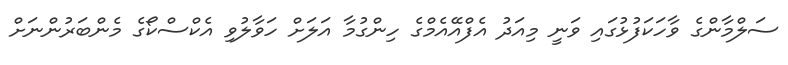
ސަލްމާންގެ ވާހަކަފުޅުގައި ވަނީ މިއަދު އެފްއޭއެމްގެ ހިންގުމާ އަލަށް ހަވާލުވި އެކްސްކޯގެ މެންބަރުންނަށް